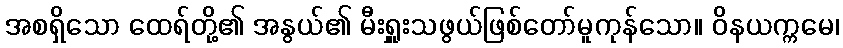
အစရှိသော ထေရ်တို့၏ အနွယ်၏ မီးရှူးသဖွယ်ဖြစ်တော်မူကုန်သော။ ဝိနယက္ကမေ၊